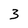
Character: 3